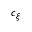
c _ { \xi }